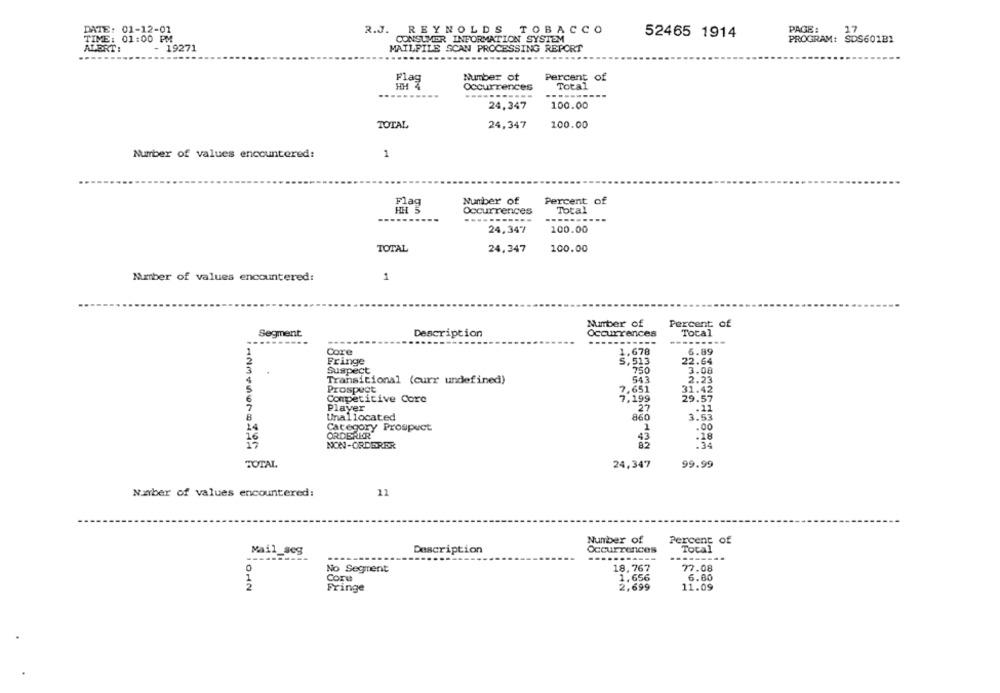
DATE: 01-12-01
PAGE:
17
R.J. REYNOLDS TOBACCO
52465 1914
TIME: 01:00 PM
CONSUMER INFORMATION SYSTEM
PROGRAM: SDS601B2
ALDRT:
- 19271
MAILFILE SCAN PROCESSING REPORT
Number of
Percent of
Flag
HH X
Occurrences
Total
100.00
24,347
TOTAL
24,347
100.00
Number of values encountered:
1
Number of
Percent of
Occurrences
Total
.......
24,347
100.00
TOTAL
24,347
100.00
1
Number of values encountered:
Number of
Percent of
Segment
Description
Occurrences
Total
Core
1.678
6.89
Fringe
5. 513
22.64
Suspect
750
3.08
Transitional (curr undefined)
543
2.23
Prospect
31.42
7,651
Competitive Core
7,199
29.57
Player
27
.11
Unallocated
3.53
860
24
Category Prospect
1
.00
16
ORDERKR
.18
17
43
85
NON-ORDERER
TOTAL
24,347
99.99
11
N.aber of values encountered:
Number of
Percent of
Mail seg
Description
Occurrences
Tocal
----------
No Segment
18,767
77.08
Coru
1.656
6.80
012
Fringe
2,699
11.09